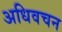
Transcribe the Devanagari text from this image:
अधिवचन